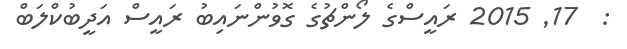
:  17